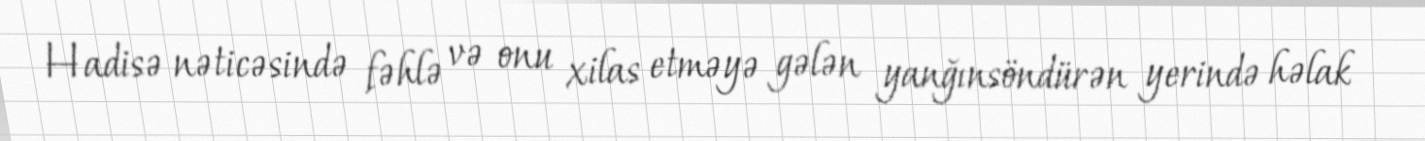
Hadisə nəticəsində fəhlə və onu xilas etməyə gələn yanğınsöndürən yerində həlak